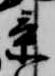
景